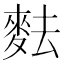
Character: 麮